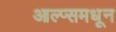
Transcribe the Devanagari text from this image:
आल्प्समधून